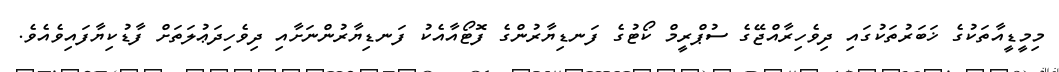
މިމީޑީއާތަކުގެ ޚަބަރުތަކުގައި ދިވެހިރާއްޖޭގެ ސުޕްރީމް ކޯޓުގެ ފަނޑިޔާރުންގެ ފޮޓޯއާއެކު ފަނޑިޔާރުންނަށާއި ދިވެހިދަޢުލަތަށް ފާޑުކިޔާފައިވެއެވެ.